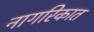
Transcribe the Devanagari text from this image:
नागरिकात